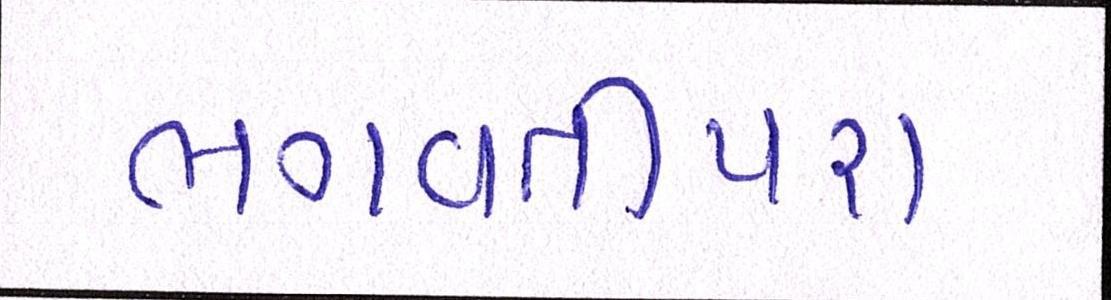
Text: ભગવતીપરા